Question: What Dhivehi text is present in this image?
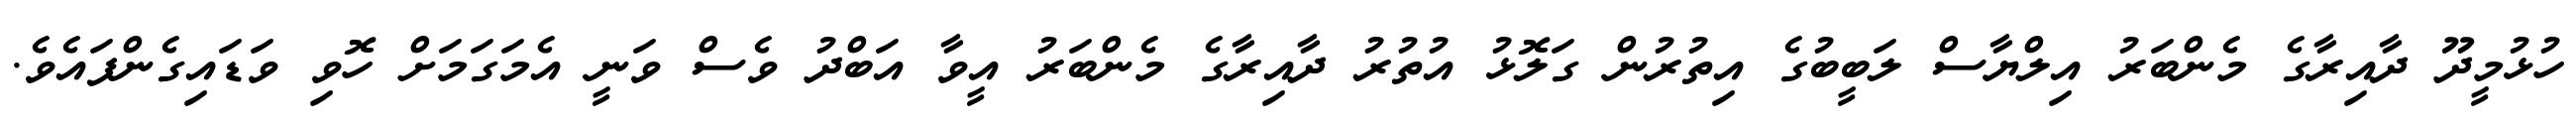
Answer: ހުޅުމީދޫ ދާއިރާގެ މެންބަރު އިލްޔާސް ލަބީބުގެ އިތުރުން ގަލޮޅު އުތުރު ދާއިރާގެ މެންބަރު އީވާ އަބްދު ވެސް ވަނީ އެމަގަމަށް ހޮވި ވަޑައިގެންފައެވެ.